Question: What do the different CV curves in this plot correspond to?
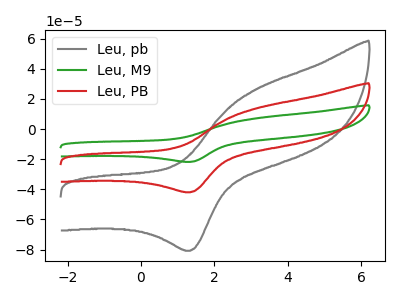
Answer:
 <answer>The gray curve is labeled "Leu, pb". The green curve is labeled "Leu, M9". The red curve is labeled "Leu, PB".</answer>
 <eval></eval>